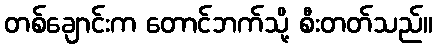
တစ်ချောင်းက တောင်ဘက်သို့ စီးတတ်သည်။